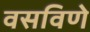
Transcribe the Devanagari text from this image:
वसविणे